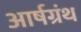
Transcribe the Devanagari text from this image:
आर्षग्रंथ